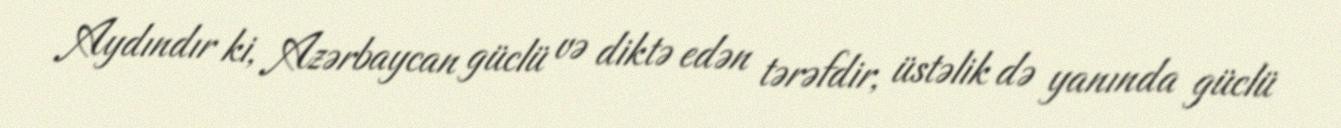
Aydındır ki, Azərbaycan güclü və diktə edən tərəfdir, üstəlik də yanında güclü